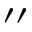
^ { \prime \prime }